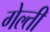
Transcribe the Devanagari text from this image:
गेल्ती